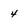
Character: 4